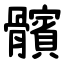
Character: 髕